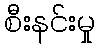
စီးနင်းမှု